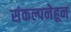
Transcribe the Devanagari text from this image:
संकल्पनेहून